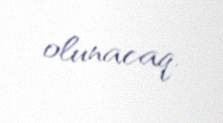
olunacaq.